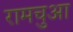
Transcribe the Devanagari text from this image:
रामचुआ